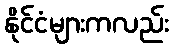
နိုင်ငံများကလည်း